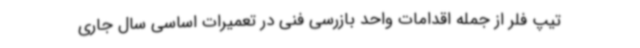
تیپ فلر از جمله اقدامات واحد بازرسی فنی در تعمیرات اساسی سال جاری